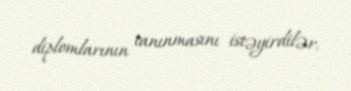
diplomlarının tanınmasını istəyirdilər.